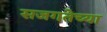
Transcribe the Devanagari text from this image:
सजगतेच्या